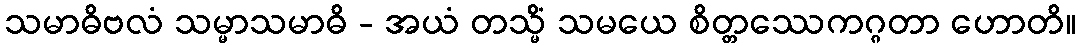
သမာဓိဗလံ သမ္မာသမာဓိ - အယံ တသ္မိံ သမယေ စိတ္တဿေကဂ္ဂတာ ဟောတိ။